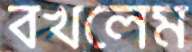
বখলেম